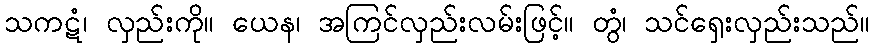
သကဋံ၊ လှည်းကို။ ယေန၊ အကြင်လှည်းလမ်းဖြင့်။ တွံ၊ သင်ရှေးလှည်းသည်။